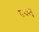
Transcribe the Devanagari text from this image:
सन्दक्पु